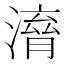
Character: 𣽱